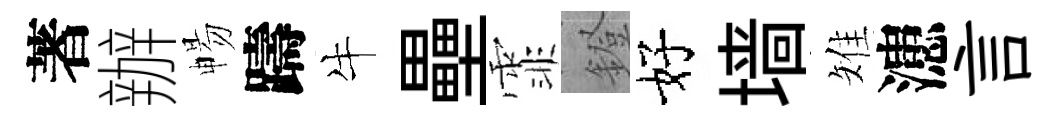
著辦暢躊牛壘霏鐙好墙雉漶言